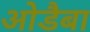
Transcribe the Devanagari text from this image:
ओडैबा